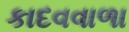
કાદવવાળા